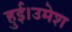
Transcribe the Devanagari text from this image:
हुई।उमेश